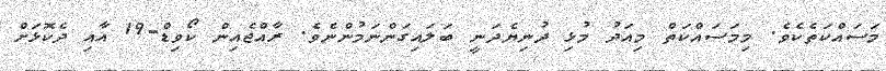
މަސައްކަތެކެވެ. މިމަސައްކަތް މިއަދު މުޅި ދުނިޔެދަނީ ބަލައިގަންނަމުންނެވެ. ރާއްޖެއިން ކޯވިޑް-19 އާއި ދެކޮޅަށް